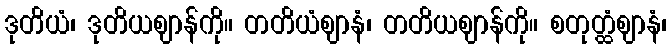
ဒုတိယံ၊ ဒုတိယဈာန်ကို။ တတိယံဈာနံ၊ တတိယဈာန်ကို။ စတုတ္ထံဈာနံ၊